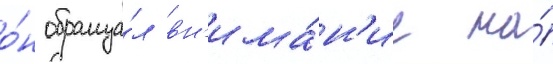
о́н обраща́л вн'има́н'ие на́